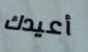
أعيدك